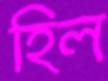
হিল